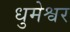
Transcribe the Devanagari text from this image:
धुमेश्वर